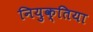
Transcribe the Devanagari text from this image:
नियुक्तिया